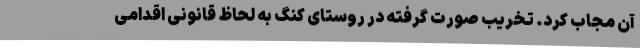
آن مجاب کرد. تخریب صورت گرفته در روستای کنگ به لحاظ قانونی اقدامی